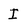
Character: I